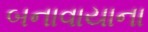
બનાવાયાના